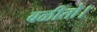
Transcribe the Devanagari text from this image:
बळीतो।